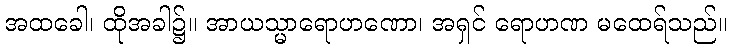
အထခေါ၊ ထိုအခါ၌။ အာယသ္မာရောဟဏော၊ အရှင် ရောဟဏ မထေရ်သည်။